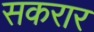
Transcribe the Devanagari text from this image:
सकरार